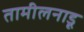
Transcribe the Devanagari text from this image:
तामीलनाडू